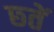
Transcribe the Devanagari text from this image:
छ्तें